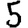
Digit: 5